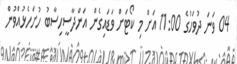
04 ވަނަ ދުވަހުގެ 11:00 އަށް މި ކޯޓަށް ވަޑައިގެން އަންދާސީހިސާބު ހުށަހެޅުއްވުން